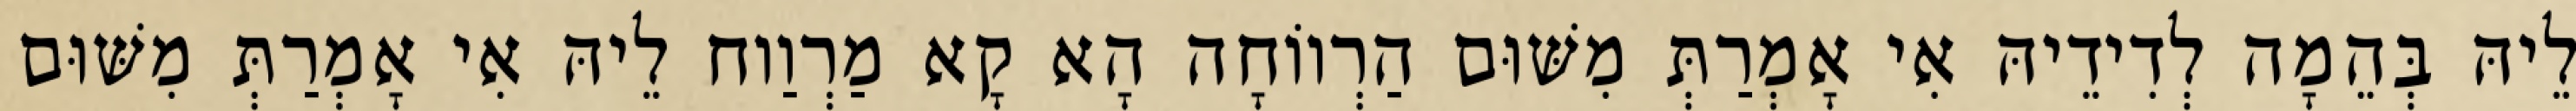
לֵיהּ בְּהֵמָה לְדִידֵיהּ אִי אָמְרַתְּ מִשּׁוּם הַרְווֹחָה הָא קָא מַרְוַוח לֵיהּ אִי אָמְרַתְּ מִשּׁוּם